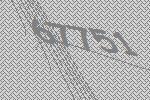
67751